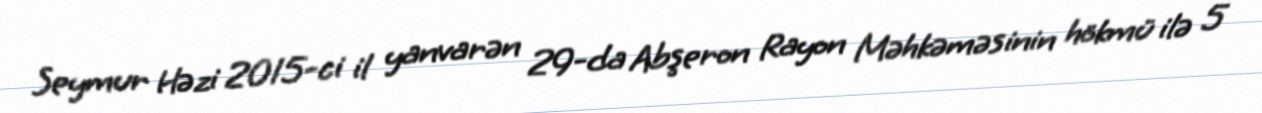
Seymur Həzi 2015-ci il yanvarən 29-da Abşeron Rayon Məhkəməsinin hökmü ilə 5